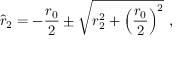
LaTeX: \hat { r } _ { 2 } = - { \frac { r _ { 0 } } { 2 } } \pm \sqrt { r _ { 2 } ^ { 2 } + \left( { \frac { r _ { 0 } } { 2 } } \right) ^ { 2 } } \ ,